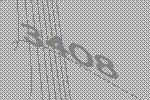
3408